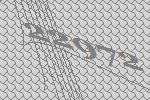
22972